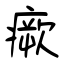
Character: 瘚